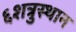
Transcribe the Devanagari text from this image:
६शत्रुस्थान